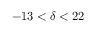
- 1 3 < \delta < 2 2